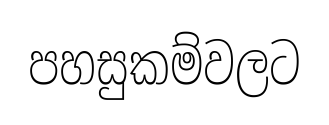
පහසුකම්වලට